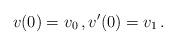
LaTeX: \begin{align*}v(0)=v_0\,,v'(0)=v_1\,.\end{align*}